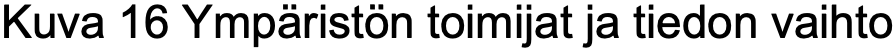
Kuva 16 Ympäristön toimijat ja tiedon vaihto